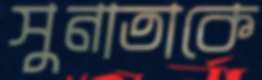
সুনাতাকে